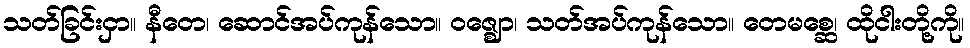
သတ်ခြင်းငှာ။ နီတေ၊ ဆောင်အပ်ကုန်သော။ ဝဇ္ဈော၊ သတ်အပ်ကုန်သော။ တေမစ္ဆေ၊ ထိုငါးတို့ကို။